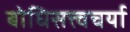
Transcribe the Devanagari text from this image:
बोधिसत्त्वचर्या